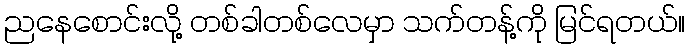
ညနေစောင်းလို့ တစ်ခါတစ်လေမှာ သက်တန့်ကို မြင်ရတယ်။